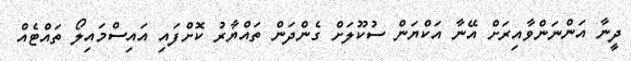
ދީނާ އަންނަންވާއިރަށް އޭނާ އަކްޔަން ސުކޫލަށް ގެންދަން ތައްޔާރު ކޮށްފައި އައިސްމައިލޯ ތައްޓެއް